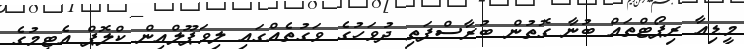
މީޑިއާ ރިޕޯޓްތައް ބުނާ ގޮތުން ބުރާސްފަތި ދުވަހުގެ ވަގުތެއްގައި ލިވަޕޫލްއިން ކްލޮޕް އެޓީމުގެ